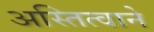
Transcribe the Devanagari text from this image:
अस्तित्वाने